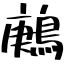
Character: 鶊